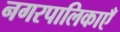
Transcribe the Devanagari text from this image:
नगरपालिकाएँ